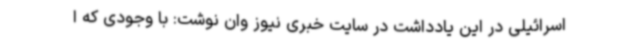
اسرائیلی در این یادداشت در سایت خبری نیوز وان نوشت: با وجودی که ا